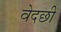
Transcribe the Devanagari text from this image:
वेदछी